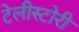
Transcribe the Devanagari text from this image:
टेलीस्टोरी